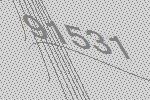
91531